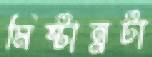
মিষ্টান্নটা